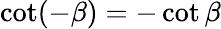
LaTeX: \cot(-\beta)=-\cot\beta